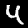
Digit: 4